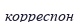
корреспон